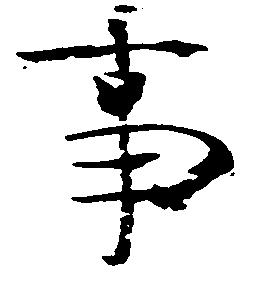
事